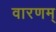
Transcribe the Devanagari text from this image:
वारणम्